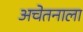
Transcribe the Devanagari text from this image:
अचेतनाला